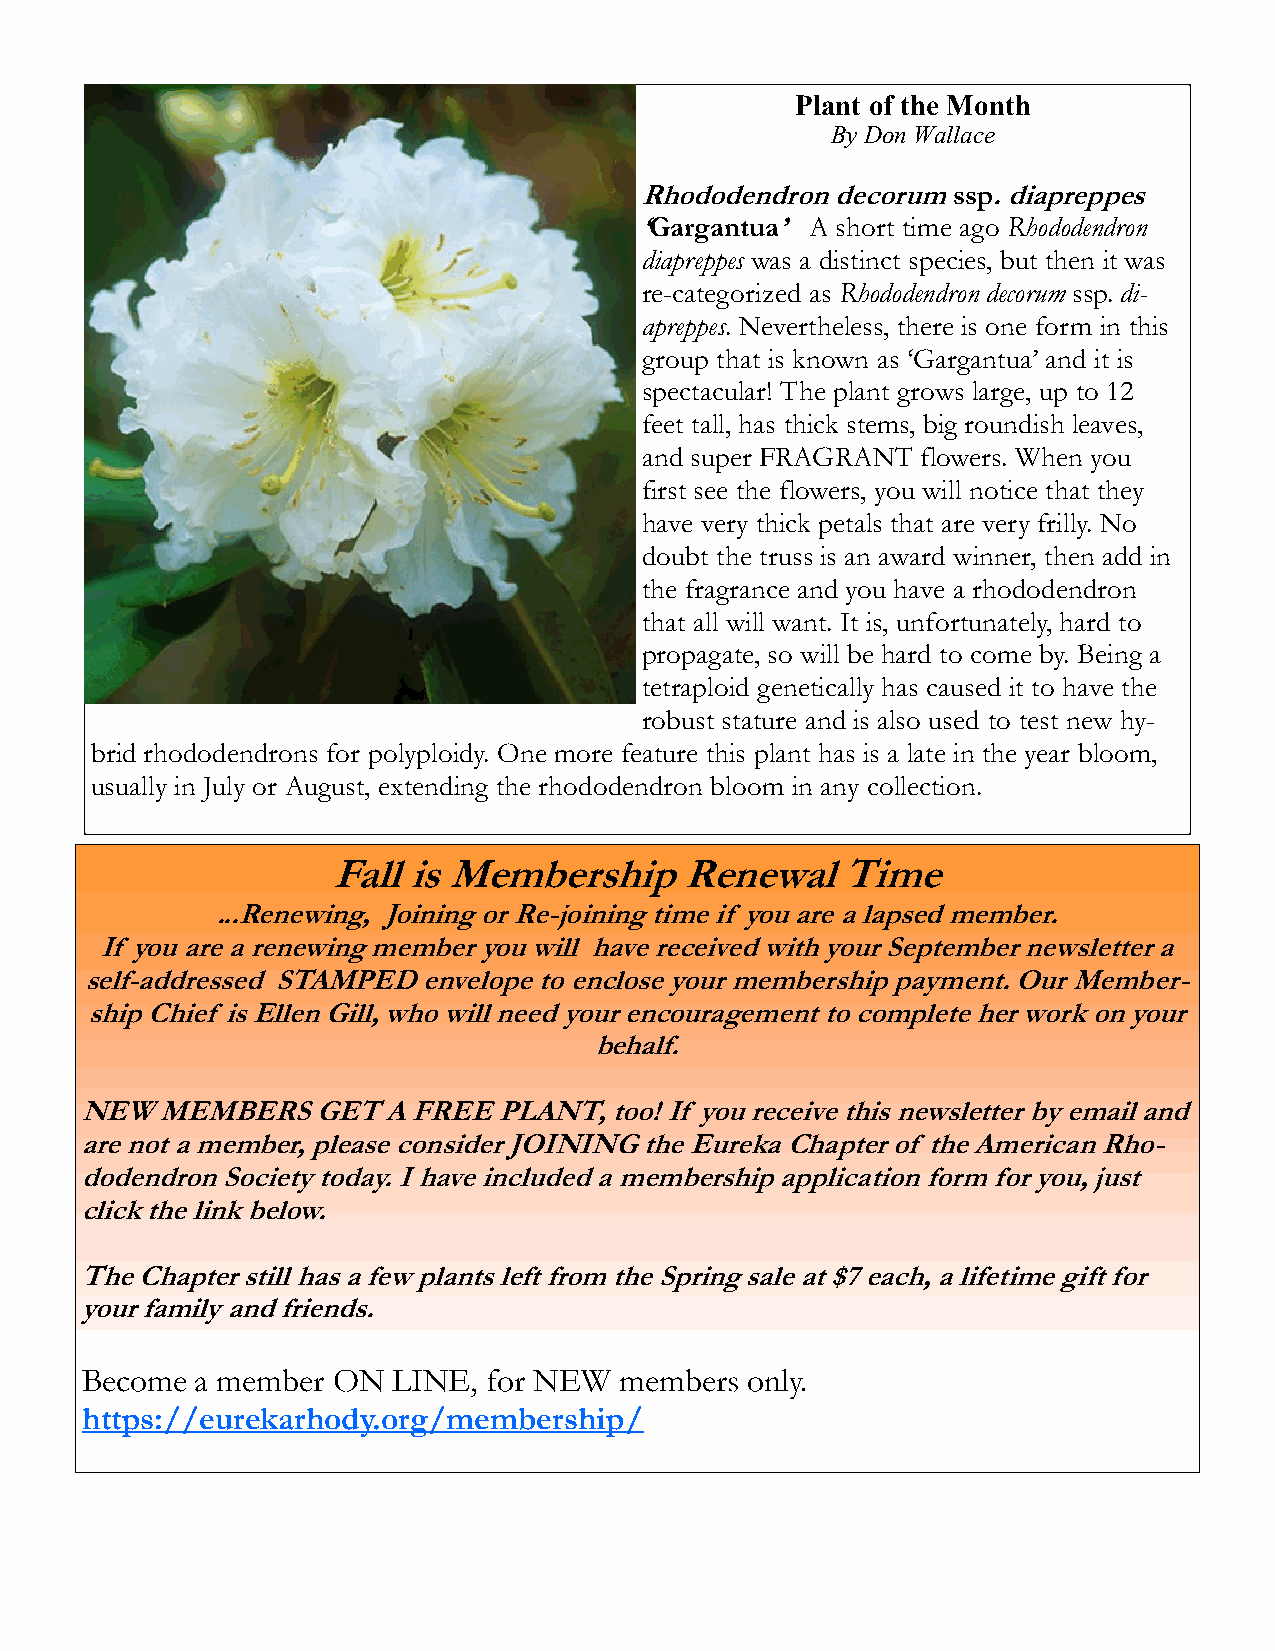
Plant of the Month
 By Don Wallace
 Rhododendron decorum ssp. diapreppes
 ‘Gargantua’ A short time ago Rhododendron
 diapreppes was a distinct species, but then it was
 re-categorized as Rhododendron decorum ssp. di-
 apreppes. Nevertheless, there is one form in this
 group that is known as ‘Gargantua’ and it is
 spectacular! The plant grows large, up to 12
 feet tall, has thick stems, big roundish leaves,
 and super FRAGRANT flowers. When you
 first see the flowers, you will notice that they
 have very thick petals that are very frilly. No
 doubt the truss is an award winner, then add in
 the fragrance and you have a rhododendron
 that all will want. It is, unfortunately, hard to
 propagate, so will be hard to come by. Being a
 tetraploid genetically has caused it to have the
 robust stature and is also used to test new hy-
 brid rhododendrons for polyploidy. One more feature this plant has is a late in the year bloom,
 usually in July or August, extending the rhododendron bloom in any collection.
 Fall is Membership     Renewal    Time
 ...Renewing, Joining or Re-joining time if you are a lapsed member.
 If you are a renewing member you will have received with your September newsletter a
 self-addressed STAMPED envelope to enclose your membership payment. Our Member-
 ship Chief is Ellen Gill, who will need your encouragement to complete her work on your
 behalf.
 NEW  MEMBERS    GET A FREE  PLANT, too! If you receive this newsletter by email and
 are not a member, please consider JOINING the Eureka Chapter of the American Rho-
 dodendron Society today. I have included a membership application form for you, just
 click the link below.
 The Chapter still has a few plants left from the Spring sale at $7 each, a lifetime gift for
 your family and friends.
 Become  a member ON  LINE, for NEW  members only.
 https://eurekarhody.org/membership/